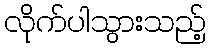
လိုက်ပါသွားသည့်